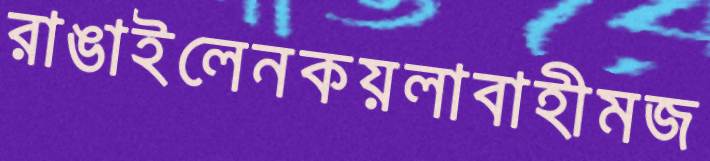
রাঙাইলেনকয়লাবাহীমজ